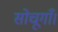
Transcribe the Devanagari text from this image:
सोचूगाँ।